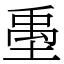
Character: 㙑